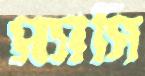
স্যাসি